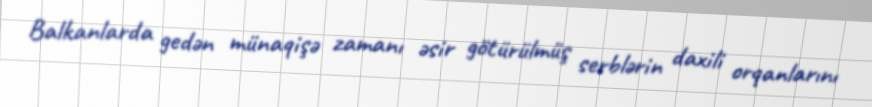
Balkanlarda gedən münaqişə zamanı əsir götürülmüş serblərin daxili orqanlarını